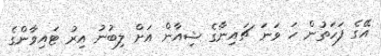
އޭގެ ފަހަތުން ހަ ވަނަ ޗައިނާގެ ޝިއާން އަށް ލިބުނު އިރު ޓައިވާންގެ